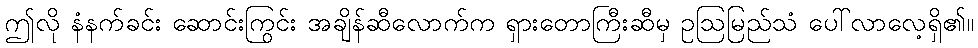
ဤလို နံနက်ခင်း ဆောင်းကြွင်း အချိန်ဆီလောက်က ရှားတောကြီးဆီမှ ဥဩမြည်သံ ပေါ်လာလေ့ရှိ၏။